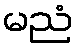
မညံ